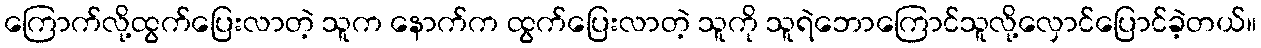
ကြောက်လို့ထွက်ပြေးလာတဲ့ သူက နောက်က ထွက်ပြေးလာတဲ့ သူကို သူရဲဘောကြောင်သူလို့လှောင်ပြောင်ခဲ့တယ်။